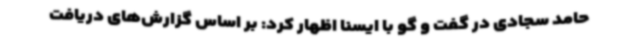
حامد سجادی در گفت و گو با ایسنا اظهار کرد: بر اساس گزارش‌های دریافت